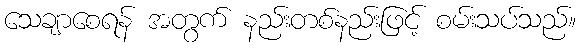
သေချာစေရန် အတွက် နည်းတစ်နည်းဖြင့် စမ်းသပ်သည်။